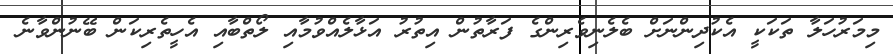
މިމަރުހަލާ ތަކަކީ އެކުދިންނަށް ބެލެނިވެރިންގެ ފަރާތުން އިތުރު އަޅާލެއްވުމާއި ލޯތްބާއި އެހީތެރިކަން ބޭނުންވާނެ